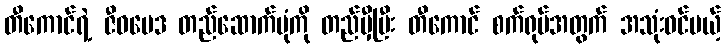
တီကောင်ရဲ့ ဇီဝဗေဒ တည်ဆောက်ပုံကို တည်မှီပြီး တီကောင် စက်ရုပ်အတွက် အသုံးဝင်မယ့်